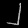
Digit: ၂